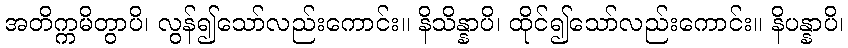
အတိက္ကမိတွာပိ၊ လွန်၍သော်လည်းကောင်း။ နိသိန္နာပိ၊ ထိုင်၍သော်လည်းကောင်း။ နိပန္နာပိ၊